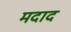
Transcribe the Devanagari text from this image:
मदाद